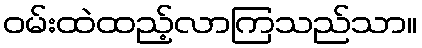
ဝမ်းထဲထည့်လာကြသည်သာ။